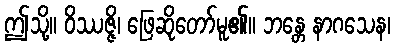
ဤသို့။ ဝိဿဇ္ဇိ၊ ဖြေဆိုတော်မူ၏။ ဘန္တေ နာဂသေန၊